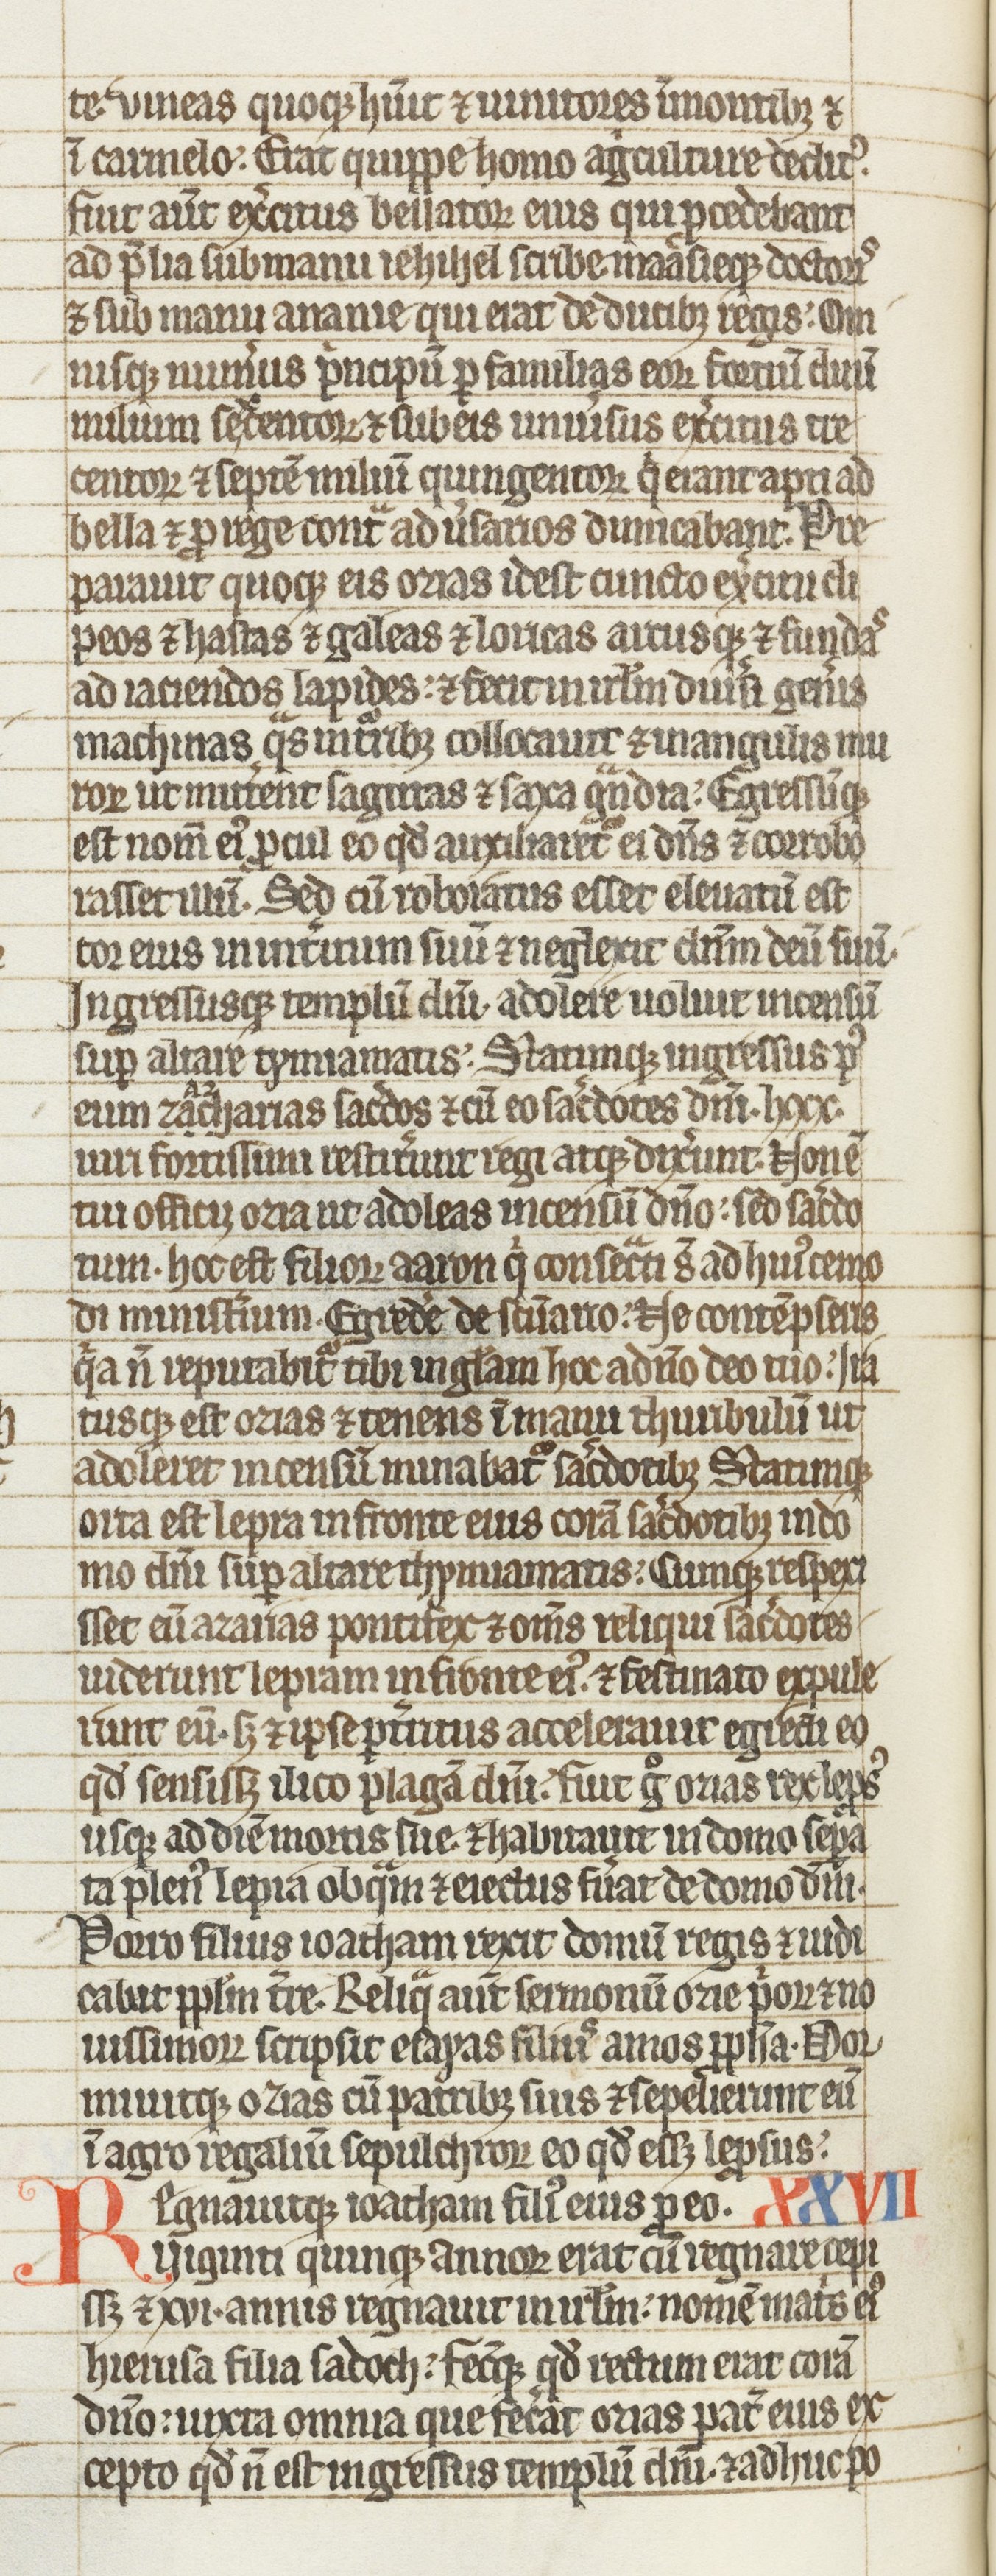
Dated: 1275–1299